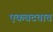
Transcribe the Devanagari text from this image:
एकवटतात